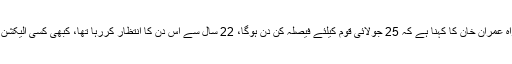
ملتان میں جلسہ عام سے خطاب کرتے ہوئے پاکستان تحریک انصاف کے سربراہ عمران خان کا کہنا ہے کہ 25 جولائی قوم کیلئے فیصلہ کن دن ہوگا، 22 سال سے اس دن کا انتظار کررہا تھا، کبھی کسی الیکشن کی اتنی تیاری نہیں کی، 25 جولائی کو دوستوں اور رشتہ داروں کو نکالنا ہے۔